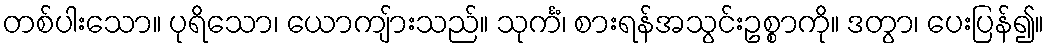
တစ်ပါးသော။ ပုရိသော၊ ယောကျ်ားသည်။ သုင်္ကံ၊ စားရန်အသွင်းဥစ္စာကို။ ဒတွာ၊ ပေးပြန်၍။